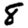
Digit: 8